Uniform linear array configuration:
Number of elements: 4
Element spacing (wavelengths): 0.25
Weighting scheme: uniform
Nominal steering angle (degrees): -45
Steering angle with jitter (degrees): -45.452
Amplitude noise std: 0.05
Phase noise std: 0.05

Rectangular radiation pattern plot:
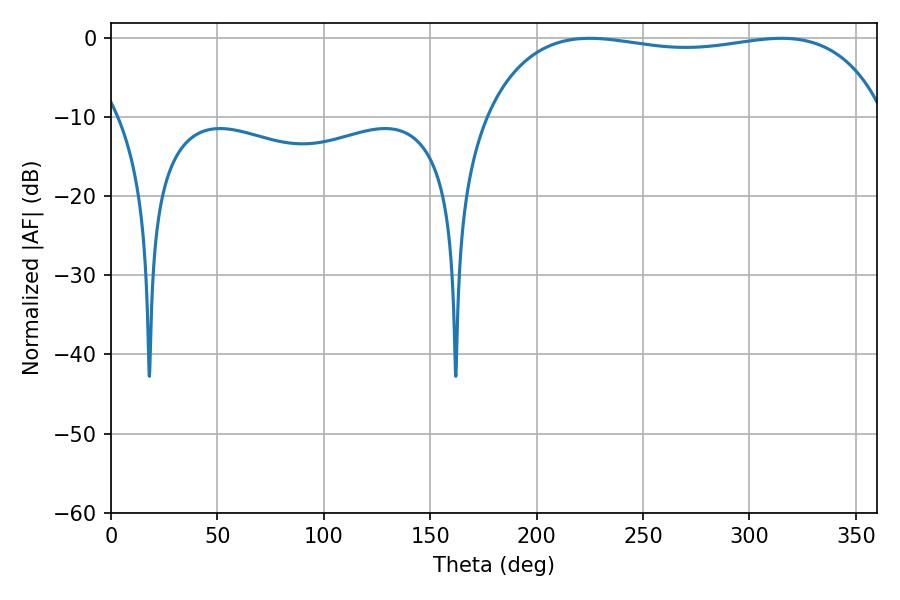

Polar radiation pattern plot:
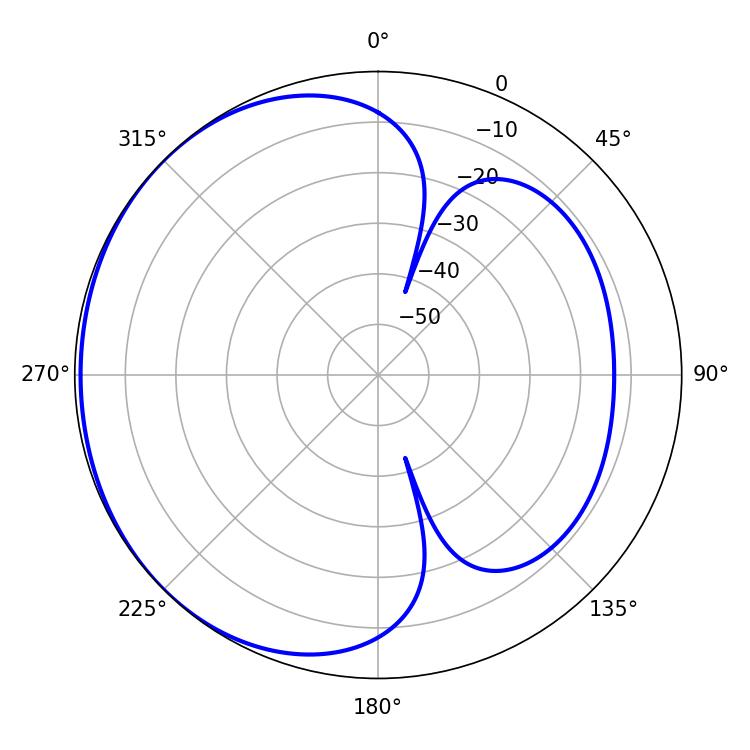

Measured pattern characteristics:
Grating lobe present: FALSE
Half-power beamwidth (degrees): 151.56
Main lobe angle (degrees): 225